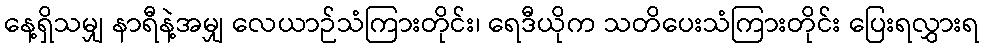
နေ့ရှိသမျှ နာရီနဲ့အမျှ လေယာဉ်သံကြားတိုင်း၊ ရေဒီယိုက သတိပေးသံကြားတိုင်း ပြေးရလွှားရ